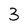
Character: 3